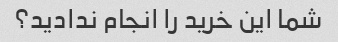
شما این خرید را انجام ندادید؟